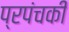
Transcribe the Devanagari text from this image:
प्रपंचकी